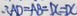
\therefore A D = A B = D C = D C